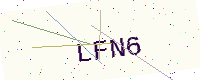
Text: LFN6